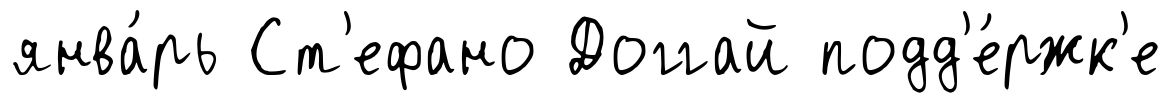
янва́рь Ст'ефано Доггай подд'е́ржк'е